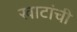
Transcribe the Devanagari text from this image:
खाटांची